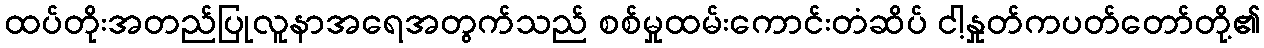
ထပ်တိုးအတည်ပြုလူနာအရေအတွက်သည် စစ်မှုထမ်းကောင်းတံဆိပ် ငါ့နှုတ်ကပတ်တော်တို့၏